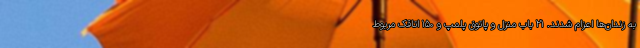
به زندان‌ها اعزام شدند. ۲۱ باب منزل و پاتوق پلمپ و ۱۵۰ اتاقک مربوط